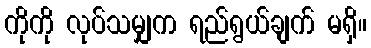
ကိုကို လုပ်သမျှက ရည်ရွယ်ချက် မရှိ။